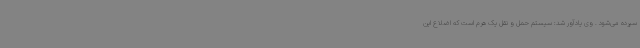
سپرده می‌شود . وی یادآور شد: سیستم حمل و نقل یک هرم است که اضلاع این